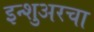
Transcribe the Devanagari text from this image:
इन्‍शुअरचा